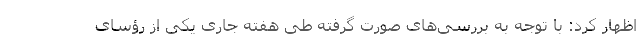
اظهار کرد: با توجه به بررسی‌های صورت گرفته طی هفته جاری یکی از رؤسای